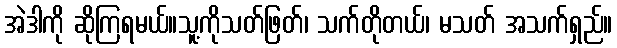
အဲဒါကို ဆိုကြရမယ်။သူ့ကိုသတ်ဖြတ်၊ သက်တိုတယ်၊ မသတ် အသက်ရှည်။